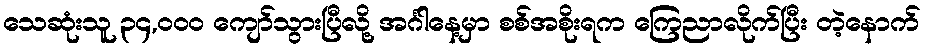
သေဆုံးသူ ၃၄,၀၀၀ ကျော်သွားပြီလို့ အင်္ဂါနေ့မှာ စစ်အစိုးရက ကြေညာလိုက်ပြီး တဲ့နောက်